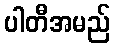
ပါတီအမည်